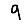
Digit: 9